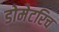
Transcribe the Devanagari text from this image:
डोमेटरिच